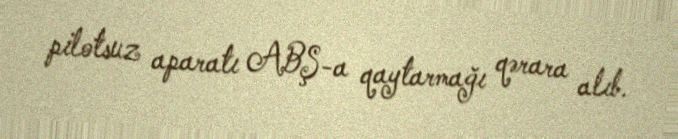
pilotsuz aparatı ABŞ-a qaytarmağı qərara alıb.